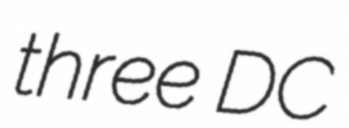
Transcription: three DC